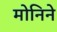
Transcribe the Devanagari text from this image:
मोनिने